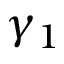
\gamma _ { 1 }